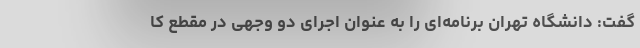
گفت: دانشگاه تهران برنامه‌ای را به عنوان اجرای دو وجهی در مقطع کا